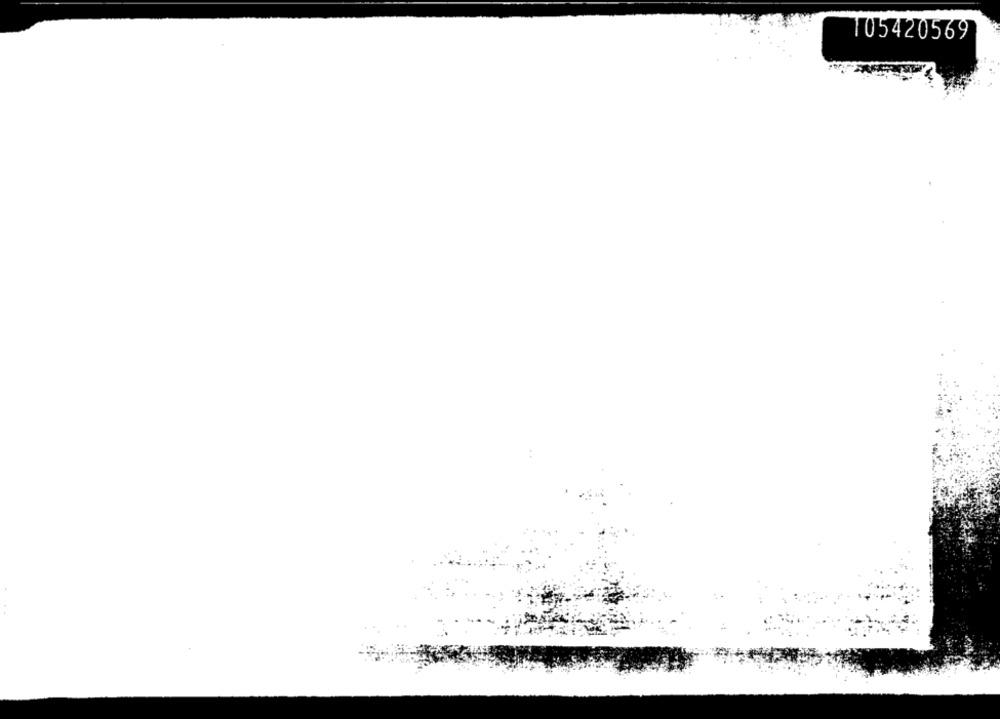
105420569